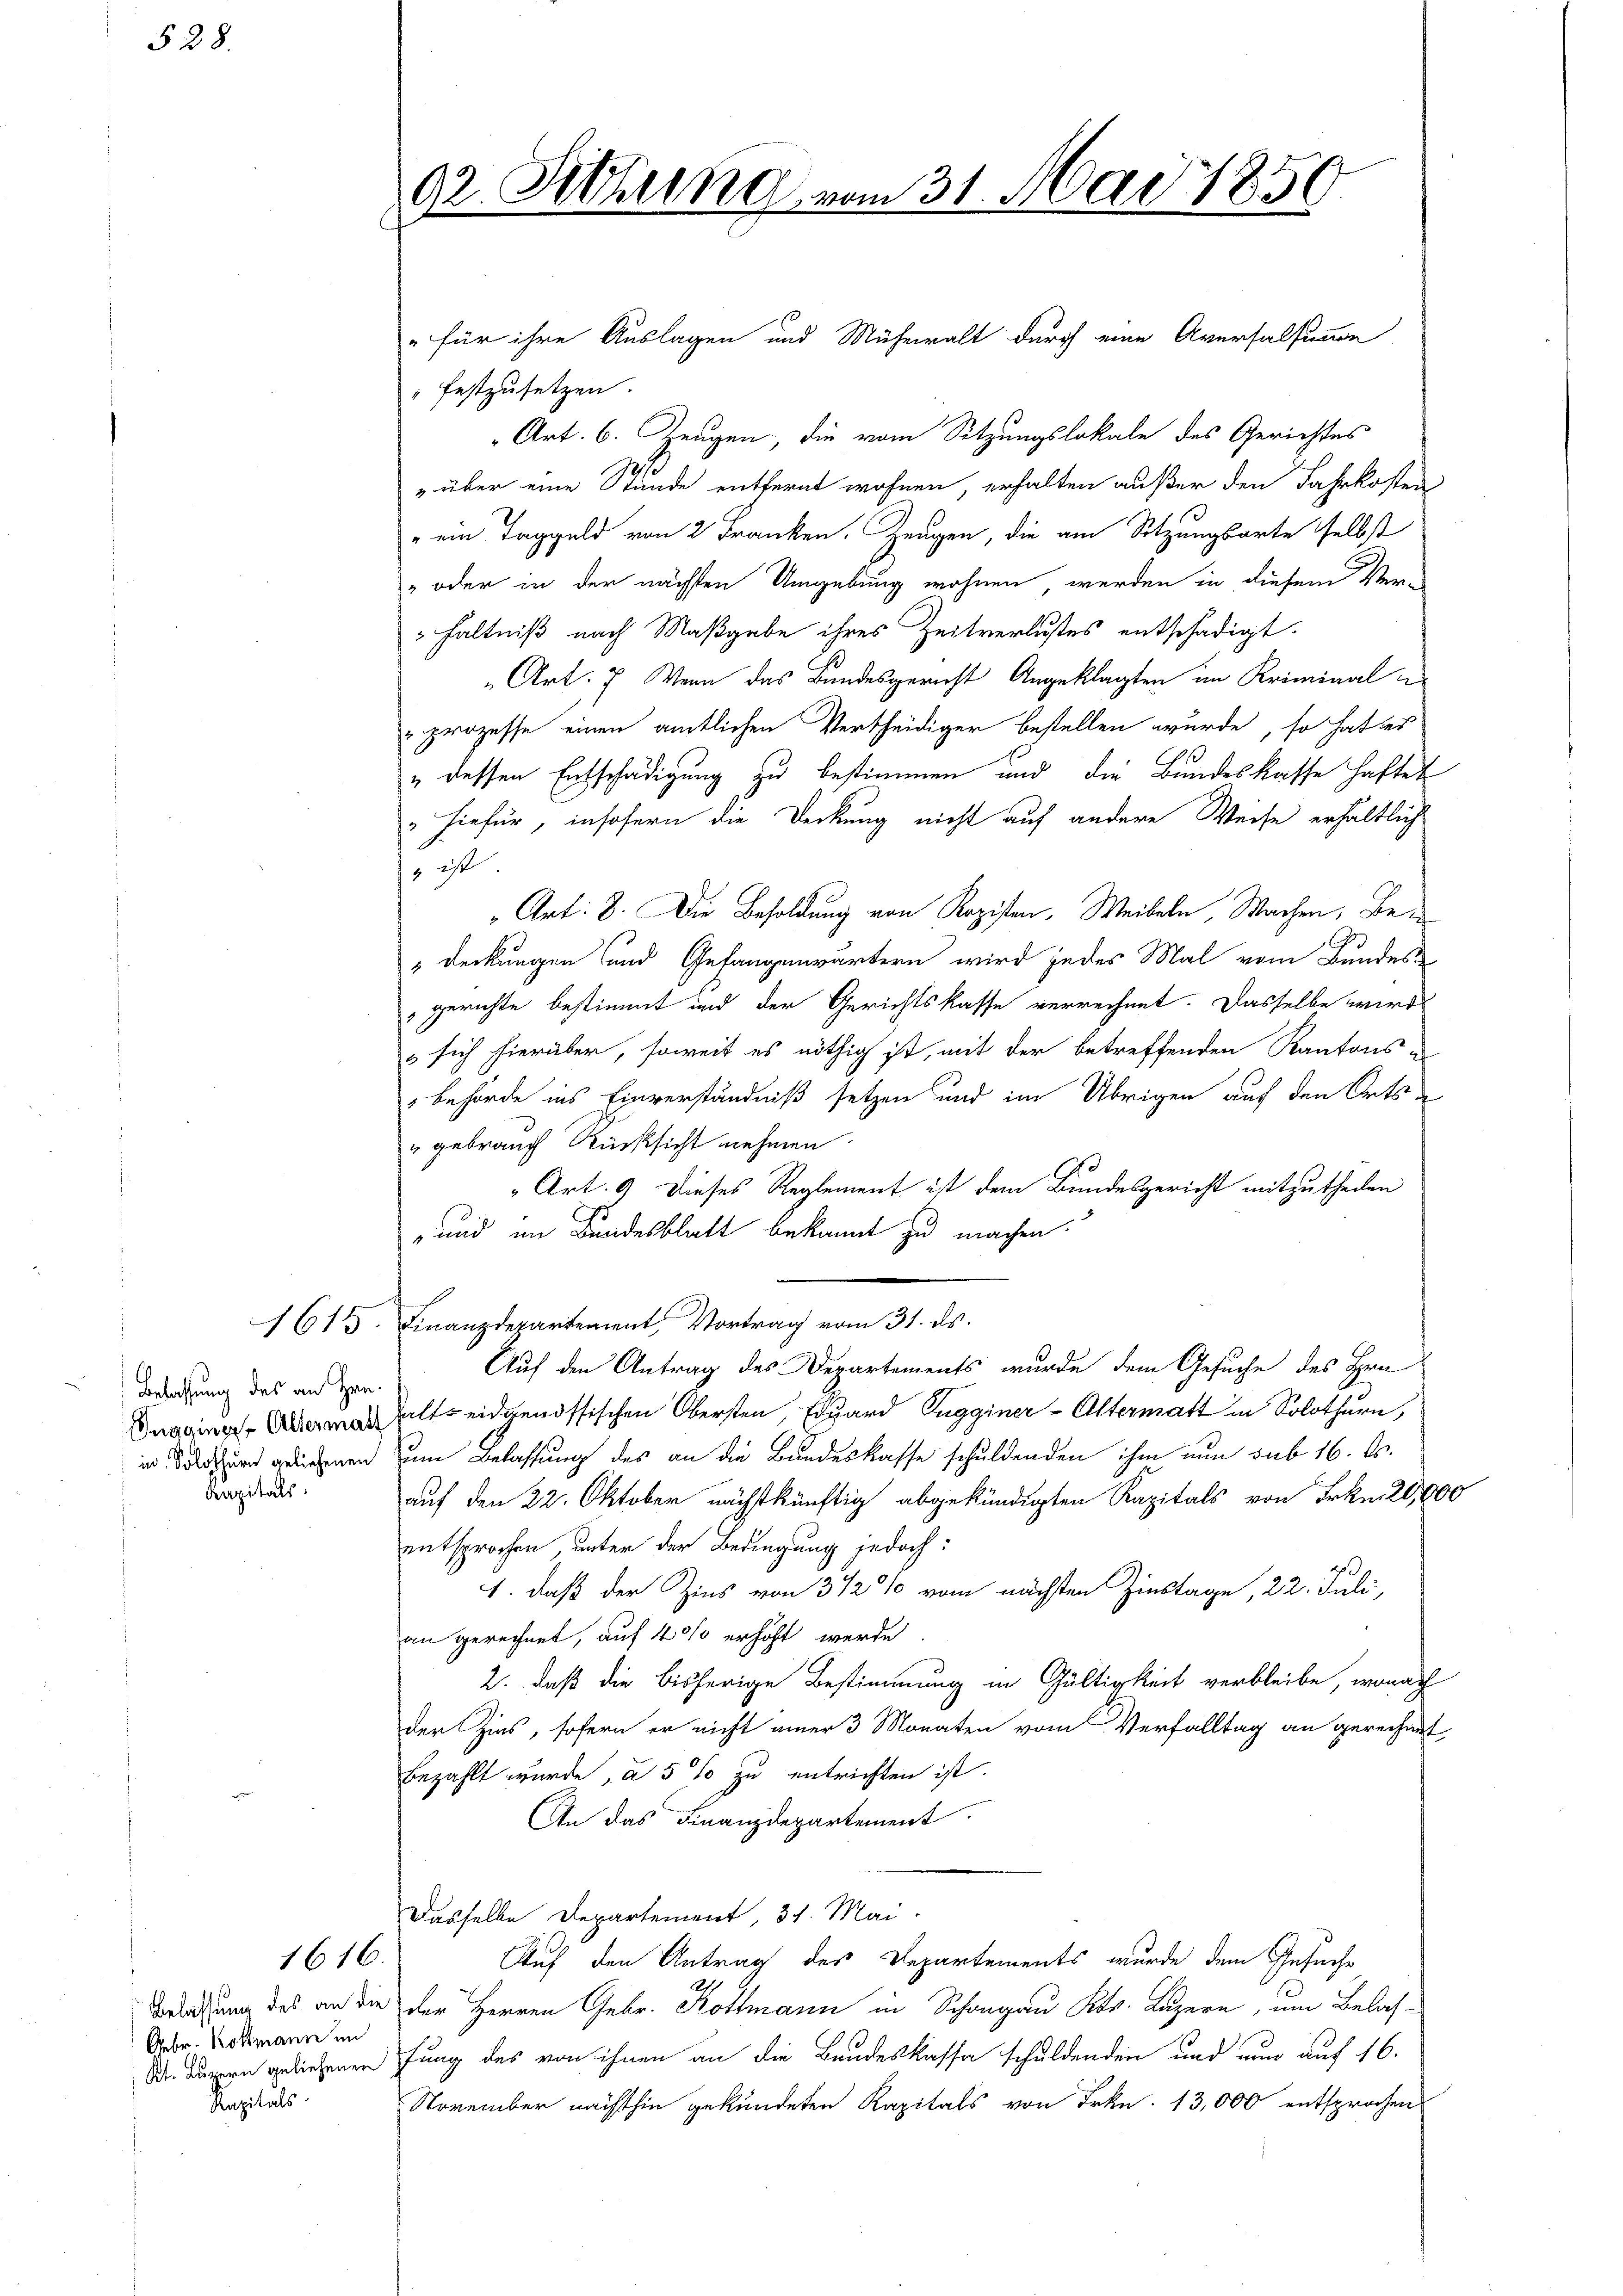
§ 28.

Belassung des an Hrn.
in Solothurn geliehenen
Kapitals

Gebr. Kottmann im
Kapitals

1616.

92. Sitzung vom 31. Mai 1850

" festzusetzen.
Art. 6. Zeugen, die vom Sitzungslokale des Gerichtes
s
" über eine Stunde entfernt wohnen, erhalten außer den Jahrkosten
"ein Taggeld von 2 Franken. Zeugen, die am Sitzungsarte selbst
" oder in der nächsten Umgebung wohnen, werden in diesem Ver
 hältniß nach Maßgabe ihres Zeitverlustes entschädigt.
„Art: 7. Wenn das Bundesgericht Angeklagten im Kriminal
"prozesse einen amtlichen Vertheidiger bestellen wurde, so hat es
" dessen Entschädigung zu bestimmen und die Bundeskasse haftet
hiefür, insofern die Deckung nicht auf andere Weise erhältlich
 1
Art: 8. Die Besoldung von Rozisten, Weibeln, Wachen, Be¬
"Deckungen und Gefangenwärtern wird jedes Mal vom Bundes
gerichte bestimmt und der Gerichtskasse verrechnet. Dasselbe wird
 sich hierüber, soweit es nöthig ist, mit der betreffenden Kantons u
" behörde ins Einverständniß setzen und im Übrigen auf den Orts
u gebrauch Rücksicht nehmen
Art. 9 dieses Reglement ist dem Bundesgericht mitzutheilen
und im Bundesblatt bekannt zu machen.
1613. Finanzdepartement, Vortrag vom 31. ds.
Auf den Antrag des Departements wurde dem Gesuche des Hrn.
Duaging halts eidgenössischen Obersten, Edgard Sugginer-Altermatt in Solothurn,
uem Belassung des an die Bundeskasse schuldenden ihm nun sub 16. ds.
auf den 22. Oktober nächstkünftig abgekündigten Kapitals von Frkn. 20,000
entsprochen, unter der Bedingung jedoch:
1. daß der Zins von 3 1/2% vom nächsten Zinstage, 22. Juli,
an gerechnet, auf 40% erhöht werde.
2. daß die bisherige Bestimmung in Gültigkeit verbleibe, wonach
der Zins, sofern er nicht einer 3 Monaten vom Verfalltag an gerechnet,
bezahlt wurde, a 5 % zu entrichten ist.
An das Finanzdepartement
Dasselbe Departement, 31. Mai.
Auf den Antrag des Departements wurde dem Gesuche
Beleichung des an die der Herren Gebr. Kottmann in Schragau Kts. Luzern, um Belas¬
Dr. Luzern geliehenen fung des von ihnen an die Bandeskassa schuldenden und nun auf 16.
November nächsthin gekündeten Kapitals von Frkn. 13,000 entsprochen

" für ihre Auslagen und Mühewalt durch eine Aversalsumme